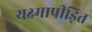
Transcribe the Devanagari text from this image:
यक्ष्मापीड़ित